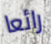
رائعا